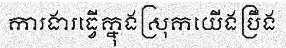
ការងារធ្វើក្នុងស្រុកយើងប្រឹង